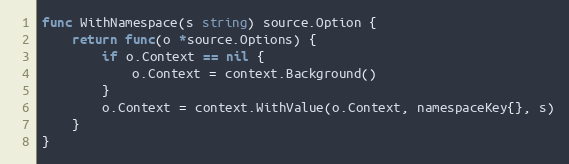
Language: Go
func WithNamespace(s string) source.Option {
	return func(o *source.Options) {
		if o.Context == nil {
			o.Context = context.Background()
		}
		o.Context = context.WithValue(o.Context, namespaceKey{}, s)
	}
}